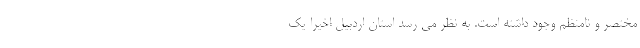
مختصر و نامنظم وجود داشته است. به نظر می رسد استان اردبیل اخیرا یک